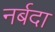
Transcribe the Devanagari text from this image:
नर्बदा